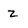
Character: z